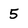
Character: 5